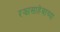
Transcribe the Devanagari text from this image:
रझासाहेबाच्या